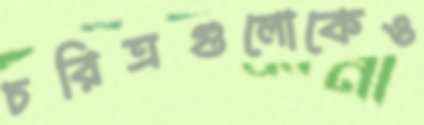
চরিত্রগুলোকেও